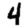
Digit: 4